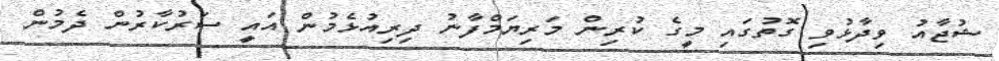
ޝުޖާއު ވިދާޅުވި ގޮތުގައި މީގެ ކުރިން މަރިޔަމްފާނު ދިރިއުޅެމުން އައީ ސަރުކާރުން ދެމުން